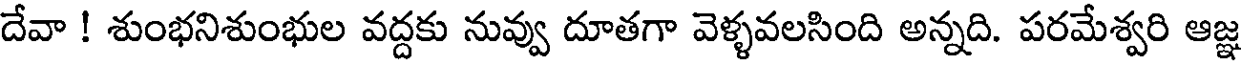
దేవా ! శుంభనిశుంభుల వద్దకు నువ్వు దూతగా వెళ్ళవలసింది అన్నది. పరమేశ్వరి ఆజ్ఞ